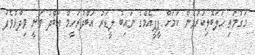
މަގުމަތި ހަލަބޮލިކުރުވަން ކަމަށް ޕީޕީއެމްގެ ނައިބު ލީޑަރު އަބްދުރަހީމް އަބްދު ވަނީ ވިދާޅުވެފަ